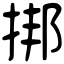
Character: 挷